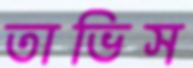
তাভিস